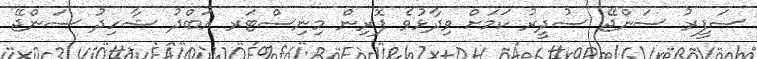
ސަފީރު ސަންޖޭ ސުދީރު ކަމަށް ވިދާޅުވެ ފޮރިން މިނިސްޓަރ އަބްދު ޝާހިދު ސަންޖޭ